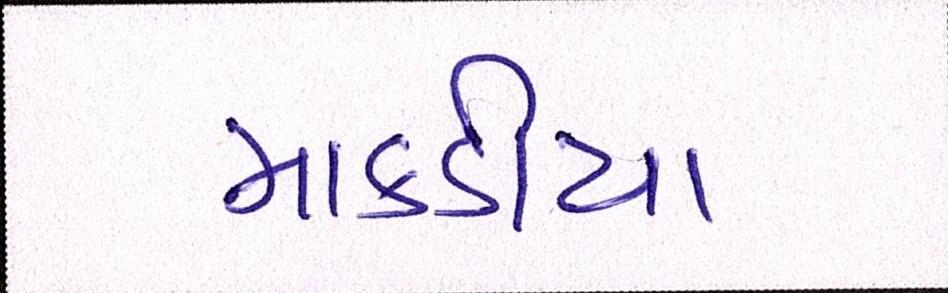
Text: માકડીયા